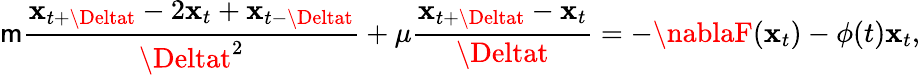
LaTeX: \mathsf{m}\frac{{{\mathbf{x}}_{t+\Deltat}-2{\mathbf{x}}_{t}+{\mathbf{x}}_{t-\Deltat}}}{{\Deltat^{2}}}+\mu\frac{{{\mathbf{x}}_{t+\Deltat}-{\mathbf{x}}_{t}}}{{\Deltat}}=-\nablaF({\mathbf{x}}_{t})-\phi(t){\mathbf{x}}_{t},